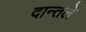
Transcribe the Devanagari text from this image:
दान्तले